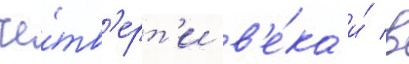
че́тв'ерт'и в'е́ка и́ в